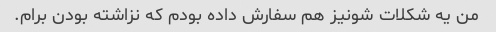
من یه شکلات شونیز هم سفارش داده بودم که نزاشته بودن برام.